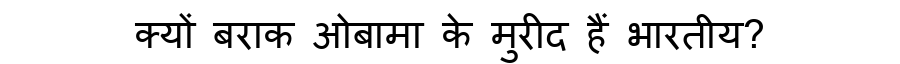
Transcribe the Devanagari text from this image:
क्यों बराक ओबामा के मुरीद हैं भारतीय?